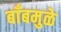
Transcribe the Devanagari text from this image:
बाँबमुळे